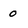
Character: 0